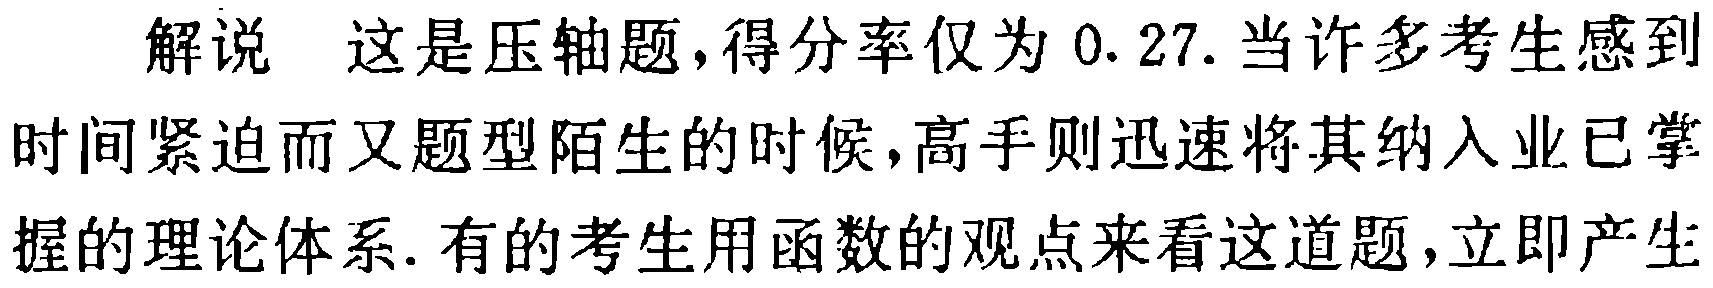
解说 这是压轴题,得分率仅为 0.27.当许多考生感到时间紧迫而又题型陌生的时候,高手则迅速将其纳入业已掌握的理论体系.有的考生用函数的观点来看这道题,立即产生